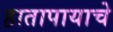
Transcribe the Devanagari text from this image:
हातापायाचे